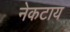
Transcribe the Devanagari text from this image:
नेकटाय